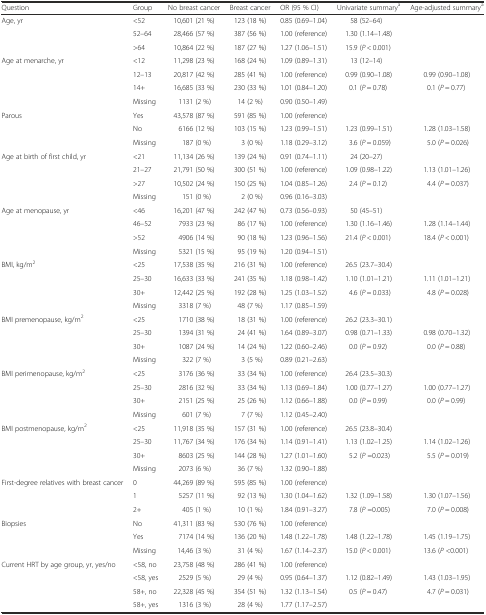
<table><thead><tr><td><b>Question</b></td><td><b>Group</b></td><td><b>No breast cancer</b></td><td><b>Breast cancer</b></td><td><b>OR (95 % CI)</b></td><td><b>Univariate summary<sup>a</sup></b></td><td><b>Age-adjusted summary<sup>a</sup></b></td></tr></thead><tbody><tr><td>Age, yr</td><td>&lt;52</td><td>10,601 (21 %)</td><td>123 (18 %)</td><td>0.85 (0.69–1.04)</td><td>58 (52–64)</td><td></td></tr><tr><td></td><td>52–64</td><td>28,466 (57 %)</td><td>387 (56 %)</td><td>1.00 (reference)</td><td>1.30 (1.14–1.48)</td><td></td></tr><tr><td></td><td>&gt;64</td><td>10,864 (22 %)</td><td>187 (27 %)</td><td>1.27 (1.06–1.51)</td><td>15.9 (<i>P</i> &lt; 0.001)</td><td></td></tr><tr><td>Age at menarche, yr</td><td>&lt;12</td><td>11,298 (23 %)</td><td>168 (24 %)</td><td>1.09 (0.89–1.31)</td><td>13 (12–14)</td><td></td></tr><tr><td></td><td>12–13</td><td>20,817 (42 %)</td><td>285 (41 %)</td><td>1.00 (reference)</td><td>0.99 (0.90–1.08)</td><td>0.99 (0.90–1.08)</td></tr><tr><td></td><td>14+</td><td>16,685 (33 %)</td><td>230 (33 %)</td><td>1.01 (0.84–1.20)</td><td>0.1 (<i>P</i> = 0.78)</td><td>0.1 (<i>P</i> = 0.77)</td></tr><tr><td></td><td>Missing</td><td>1131 (2 %)</td><td>14 (2 %)</td><td>0.90 (0.50–1.49)</td><td></td><td></td></tr><tr><td>Parous</td><td>Yes</td><td>43,578 (87 %)</td><td>591 (85 %)</td><td>1.00 (reference)</td><td></td><td></td></tr><tr><td></td><td>No</td><td>6166 (12 %)</td><td>103 (15 %)</td><td>1.23 (0.99–1.51)</td><td>1.23 (0.99–1.51)</td><td>1.28 (1.03–1.58)</td></tr><tr><td></td><td>Missing</td><td>187 (0 %)</td><td>3 (0 %)</td><td>1.18 (0.29–3.12)</td><td>3.6 (<i>P</i> = 0.059)</td><td>5.0 (<i>P</i> = 0.026)</td></tr><tr><td>Age at birth of first child, yr</td><td>&lt;21</td><td>11,134 (26 %)</td><td>139 (24 %)</td><td>0.91 (0.74–1.11)</td><td>24 (20–27)</td><td></td></tr><tr><td></td><td>21–27</td><td>21,791 (50 %)</td><td>300 (51 %)</td><td>1.00 (reference)</td><td>1.09 (0.98–1.22)</td><td>1.13 (1.01–1.26)</td></tr><tr><td></td><td>&gt;27</td><td>10,502 (24 %)</td><td>150 (25 %)</td><td>1.04 (0.85–1.26)</td><td>2.4 (<i>P</i> = 0.12)</td><td>4.4 (<i>P</i> = 0.037)</td></tr><tr><td></td><td>Missing</td><td>151 (0 %)</td><td>2 (0 %)</td><td>0.96 (0.16–3.03)</td><td></td><td></td></tr><tr><td>Age at menopause, yr</td><td>&lt;46</td><td>16,201 (47 %)</td><td>242 (47 %)</td><td>0.73 (0.56–0.93)</td><td>50 (45–51)</td><td></td></tr><tr><td></td><td>46–52</td><td>7933 (23 %)</td><td>86 (17 %)</td><td>1.00 (reference)</td><td>1.30 (1.16–1.46)</td><td>1.28 (1.14–1.44)</td></tr><tr><td></td><td>&gt;52</td><td>4906 (14 %)</td><td>90 (18 %)</td><td>1.23 (0.96–1.56)</td><td>21.4 (<i>P</i> &lt; 0.001)</td><td>18.4 (<i>P</i> &lt; 0.001)</td></tr><tr><td></td><td>Missing</td><td>5321 (15 %)</td><td>95 (19 %)</td><td>1.20 (0.94–1.51)</td><td></td><td></td></tr><tr><td>BMI, kg/m<sup>2</sup></td><td>&lt;25</td><td>17,538 (35 %)</td><td>216 (31 %)</td><td>1.00 (reference)</td><td>26.5 (23.7–30.4)</td><td></td></tr><tr><td></td><td>25–30</td><td>16,633 (33 %)</td><td>241 (35 %)</td><td>1.18 (0.98–1.42)</td><td>1.10 (1.01–1.21)</td><td>1.11 (1.01–1.21)</td></tr><tr><td></td><td>30+</td><td>12,442 (25 %)</td><td>192 (28 %)</td><td>1.25 (1.03–1.52)</td><td>4.6 (<i>P</i> = 0.033)</td><td>4.8 (<i>P</i> = 0.028)</td></tr><tr><td></td><td>Missing</td><td>3318 (7 %)</td><td>48 (7 %)</td><td>1.17 (0.85–1.59)</td><td></td><td></td></tr><tr><td>BMI premenopause, kg/m<sup>2</sup></td><td>&lt;25</td><td>1710 (38 %)</td><td>18 (31 %)</td><td>1.00 (reference)</td><td>26.2 (23.3–30.1)</td><td></td></tr><tr><td></td><td>25–30</td><td>1394 (31 %)</td><td>24 (41 %)</td><td>1.64 (0.89–3.07)</td><td>0.98 (0.71–1.33)</td><td>0.98 (0.70–1.32)</td></tr><tr><td></td><td>30+</td><td>1087 (24 %)</td><td>14 (24 %)</td><td>1.22 (0.60–2.46)</td><td>0.0 (<i>P</i> = 0.92)</td><td>0.0 (<i>P</i> = 0.88)</td></tr><tr><td></td><td>Missing</td><td>322 (7 %)</td><td>3 (5 %)</td><td>0.89 (0.21–2.63)</td><td></td><td></td></tr><tr><td>BMI perimenopause, kg/m<sup>2</sup></td><td>&lt;25</td><td>3176 (36 %)</td><td>33 (34 %)</td><td>1.00 (reference)</td><td>26.4 (23.5–30.3)</td><td></td></tr><tr><td></td><td>25–30</td><td>2816 (32 %)</td><td>33 (34 %)</td><td>1.13 (0.69–1.84)</td><td>1.00 (0.77–1.27)</td><td>1.00 (0.77–1.27)</td></tr><tr><td></td><td>30+</td><td>2151 (25 %)</td><td>25 (26 %)</td><td>1.12 (0.66–1.88)</td><td>0.0 (<i>P</i> = 0.99)</td><td>0.0 (<i>P</i> = 0.99)</td></tr><tr><td></td><td>Missing</td><td>601 (7 %)</td><td>7 (7 %)</td><td>1.12 (0.45–2.40)</td><td></td><td></td></tr><tr><td>BMI postmenopause, kg/m<sup>2</sup></td><td>&lt;25</td><td>11,918 (35 %)</td><td>157 (31 %)</td><td>1.00 (reference)</td><td>26.5 (23.8–30.4)</td><td></td></tr><tr><td></td><td>25–30</td><td>11,767 (34 %)</td><td>176 (34 %)</td><td>1.14 (0.91–1.41)</td><td>1.13 (1.02–1.25)</td><td>1.14 (1.02–1.26)</td></tr><tr><td></td><td>30+</td><td>8603 (25 %)</td><td>144 (28 %)</td><td>1.27 (1.01–1.60)</td><td>5.2 (<i>P</i> =0.023)</td><td>5.5 (<i>P</i> = 0.019)</td></tr><tr><td></td><td>Missing</td><td>2073 (6 %)</td><td>36 (7 %)</td><td>1.32 (0.90–1.88)</td><td></td><td></td></tr><tr><td>First-degree relatives with breast cancer</td><td>0</td><td>44,269 (89 %)</td><td>595 (85 %)</td><td>1.00 (reference)</td><td></td><td></td></tr><tr><td></td><td>1</td><td>5257 (11 %)</td><td>92 (13 %)</td><td>1.30 (1.04–1.62)</td><td>1.32 (1.09–1.58)</td><td>1.30 (1.07–1.56)</td></tr><tr><td></td><td>2+</td><td>405 (1 %)</td><td>10 (1 %)</td><td>1.84 (0.91–3.27)</td><td>7.8 (<i>P</i> =0.005)</td><td>7.0 (<i>P</i> = 0.008)</td></tr><tr><td>Biopsies</td><td>No</td><td>41,311 (83 %)</td><td>530 (76 %)</td><td>1.00 (reference)</td><td></td><td></td></tr><tr><td></td><td>Yes</td><td>7174 (14 %)</td><td>136 (20 %)</td><td>1.48 (1.22–1.78)</td><td>1.48 (1.22–1.78)</td><td>1.45 (1.19–1.75)</td></tr><tr><td></td><td>Missing</td><td>14,46 (3 %)</td><td>31 (4 %)</td><td>1.67 (1.14–2.37)</td><td>15.0 (<i>P</i> &lt; 0.001)</td><td>13.6 (<i>P</i> &lt;0.001)</td></tr><tr><td>Current HRT by age group, yr, yes/no</td><td>&lt;58, no</td><td>23,758 (48 %)</td><td>286 (41 %)</td><td>1.00 (reference)</td><td></td><td></td></tr><tr><td></td><td>&lt;58, yes</td><td>2529 (5 %)</td><td>29 (4 %)</td><td>0.95 (0.64–1.37)</td><td>1.12 (0.82–1.49)</td><td>1.43 (1.03–1.95)</td></tr><tr><td></td><td>58+, no</td><td>22,328 (45 %)</td><td>354 (51 %)</td><td>1.32 (1.13–1.54)</td><td>0.5 (<i>P</i> = 0.47)</td><td>4.7 (<i>P</i> = 0.031)</td></tr><tr><td></td><td>58+, yes</td><td>1316 (3 %)</td><td>28 (4 %)</td><td>1.77 (1.17–2.57)</td><td></td><td></td></tr></tbody></table>